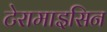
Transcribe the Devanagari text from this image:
टेरामाइसिन